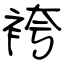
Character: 袴